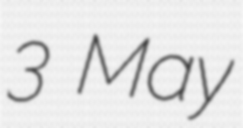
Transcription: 3 May